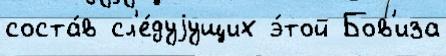
соста́в сл'е́дуjущих э́той Бов'иза